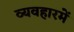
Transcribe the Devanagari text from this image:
व्यवहारमें